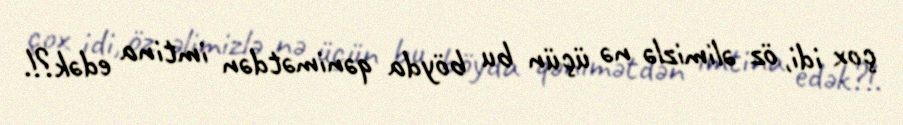
çox idi, öz əlimizlə nə üçün bu böyda qənimətdən imtina edək?!.